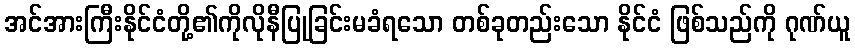
အင်အားကြီးနိုင်ငံတို့၏ကိုလိုနီပြုခြင်းမခံရသော တစ်ခုတည်းသော နိုင်ငံ ဖြစ်သည်ကို ဂုဏ်ယူ